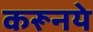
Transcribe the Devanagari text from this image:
करूनये